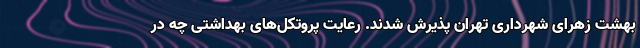
بهشت زهرای شهرداری تهران پذیرش شدند. رعایت پروتکل‌های بهداشتی چه در